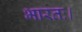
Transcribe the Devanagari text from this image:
भारतः।